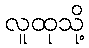
လူထုသို့